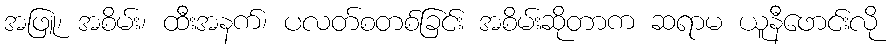
အဖြူ၊ အစိမ်း၊ ထီးအနက်၊ ပလတ်စတစ်ခြင်း အစိမ်းဆိုတာက ဆရာမ ယူနီဖောင်းလို